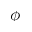
\phi